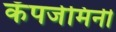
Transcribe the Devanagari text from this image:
कॅपजेमिनी